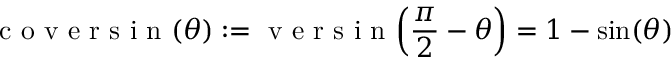
{ \textrm { c o v e r s i n } } ( \theta ) : = { \textrm { v e r s i n } } \! \left( { \frac { \pi } { 2 } } - \theta \right) = 1 - \sin ( \theta )